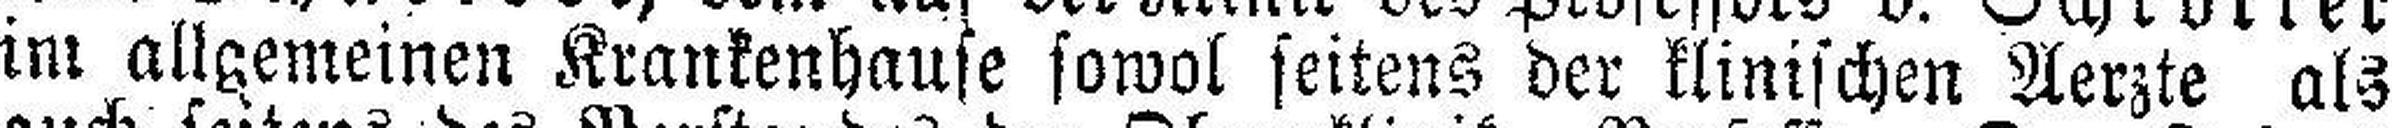
im allgemeinen Krankenhause sowol seitens der klinischen Aerzte als